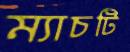
ম্যাচটি